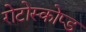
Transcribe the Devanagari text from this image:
रोटोस्कोप्ड